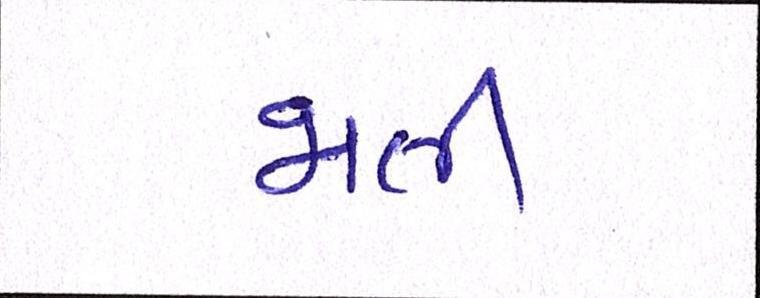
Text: જાતી